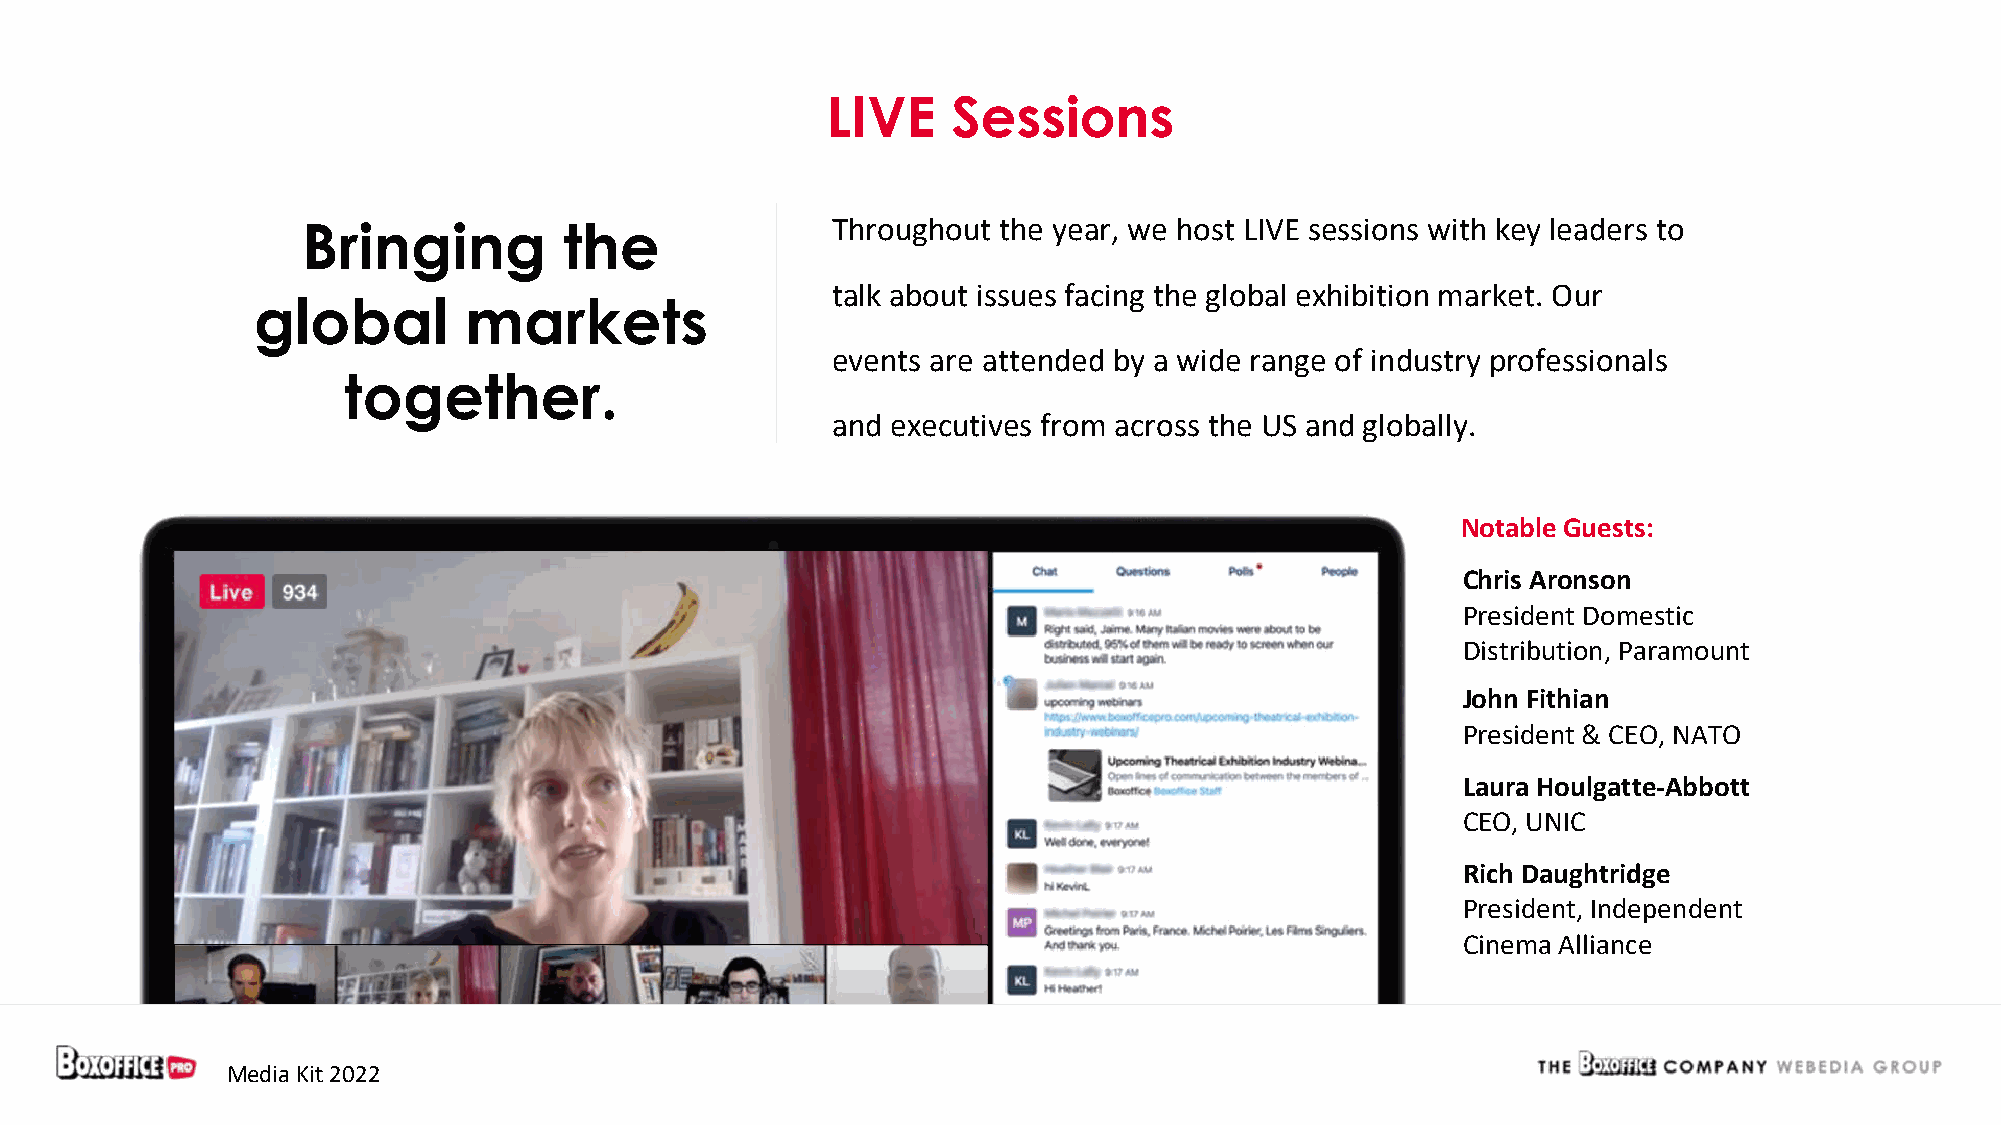
LIVE    Sessions
 Bringing         the               Throughout the year, we host LIVE sessions with key leaders to
 talk about issues facing the global exhibition market. Our
 global        markets
 events are attended by a wide range of industry professionals
 together.
 and executives from across the US and globally.
 Notable Guests:
 Chris Aronson
 President Domestic
 Distribution, Paramount
 John Fithian
 President & CEO, NATO
 Laura Houlgatte-Abbott
 CEO, UNIC
 Rich Daughtridge
 President, Independent
 Cinema Alliance
 Media Kit 2022